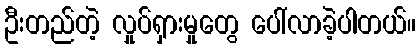
ဦးတည်တဲ့ လှုပ်ရှားမှုတွေ ပေါ်လာခဲ့ပါတယ်။